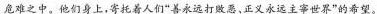
危难之中。他们身上，寄托着人们”善永远打败恶，正义永远主宰世界”的希望。